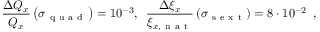
\frac { \Delta Q _ { x } } { Q _ { x } } \left( \sigma _ { \mathrm { ~ q ~ u ~ a ~ d ~ } } \right) = 1 0 ^ { - 3 } , \enspace \frac { \Delta \xi _ { x } } { \xi _ { x , \mathrm { ~ n ~ a ~ t ~ } } } \left( \sigma _ { \mathrm { ~ s ~ e ~ x ~ t ~ } } \right) = 8 \cdot 1 0 ^ { - 2 } \enspace ,